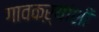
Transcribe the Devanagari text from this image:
गावकऱ्यांशी